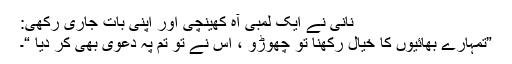
نانی نے ایک لمبی آہ کھینچی اور اپنی بات جاری رکھی:
”تمہارے بھائیوں کا خیال رکھنا تو چھوڑو ، اس نے تو تم پہ دعویٰ بھی کر دیا “۔